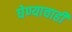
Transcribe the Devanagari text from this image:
घेण्याचाही